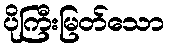
ပိုကြီးမြတ်သော